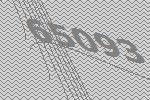
65093